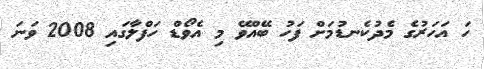
ހަ އަހަރުގެ މެދުކެނޑުމަށް ފަހު ބޭއްވޭ މި އެވޯޑް ހަފްލާގައި 2008 ވަނަ